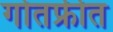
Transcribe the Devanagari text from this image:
गोतफ्रीत